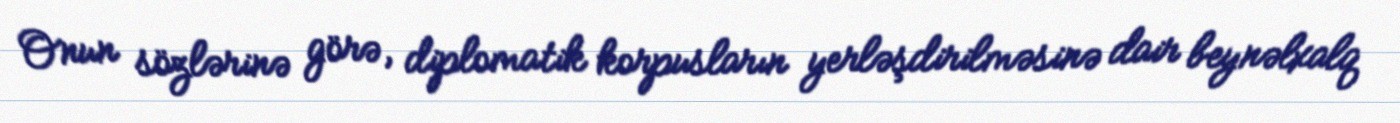
Onun sözlərinə görə, diplomatik korpusların yerləşdirilməsinə dair beynəlxalq